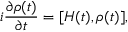
i \frac { \partial \rho ( t ) } { \partial t } = [ H ( t ) , \rho ( t ) ] ,